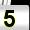
Digit: 5